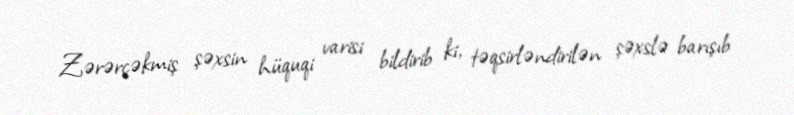
Zərərçəkmiş şəxsin hüquqi varisi bildirib ki, təqsirləndirilən şəxslə barışıb